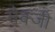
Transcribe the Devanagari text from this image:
मैक्जी